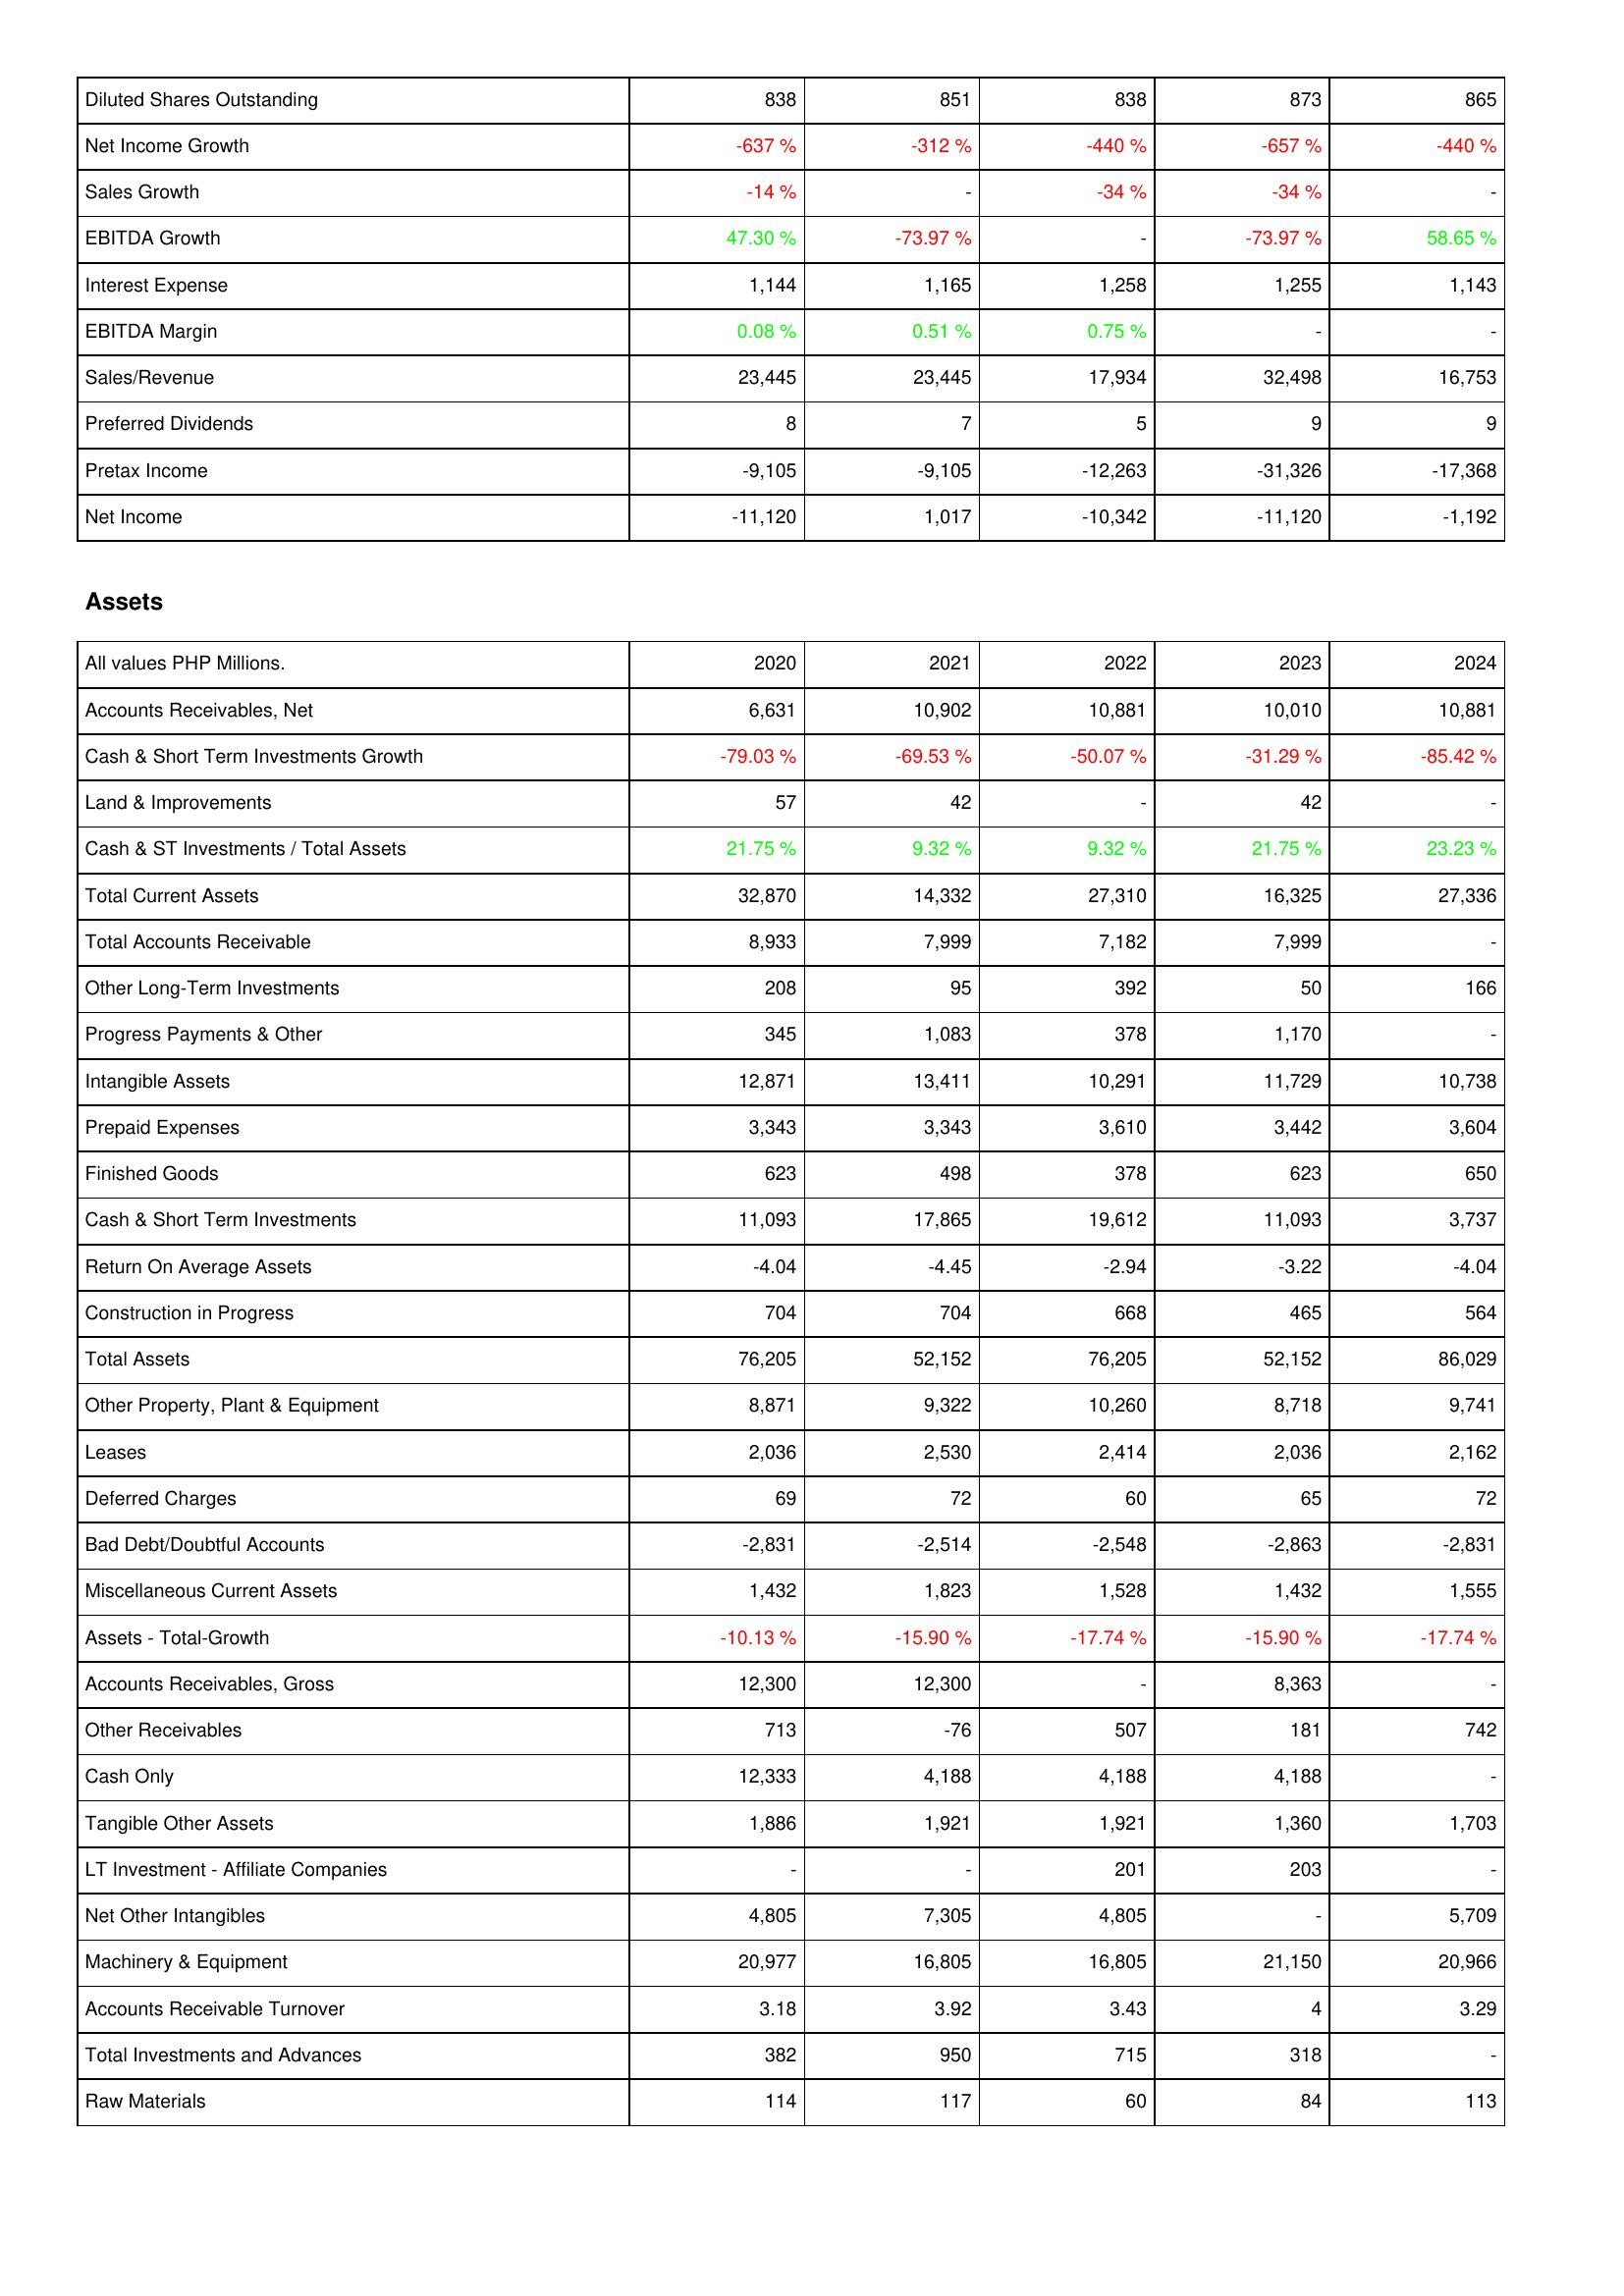
2020: Income Statement: Diluted Shares Outstanding: 838
Net Income Growth: -637 %
Sales Growth: -14 %
EBITDA Growth: 47.30 %
Interest Expense: 1,144
EBITDA Margin: 0.08 %
Sales/Revenue: 23,445
Preferred Dividends: 8
Pretax Income: -9,105
Net Income: -11,120
Assets: Accounts Receivables, Net: 6,631
Cash & Short Term Investments Growth: -79.03 %
Land & Improvements: 57
Cash & ST Investments / Total Assets: 21.75 %
Total Current Assets: 32,870
Total Accounts Receivable: 8,933
Other Long-Term Investments: 208
Progress Payments & Other: 345
Intangible Assets: 12,871
Prepaid Expenses: 3,343
Finished Goods: 623
Cash & Short Term Investments: 11,093
Return On Average Assets: -4.04
Construction in Progress: 704
Total Assets: 76,205
Other Property, Plant & Equipment: 8,871
Leases: 2,036
Deferred Charges: 69
Bad Debt/Doubtful Accounts: -2,831
Miscellaneous Current Assets: 1,432
Assets - Total-Growth: -10.13 %
Accounts Receivables, Gross: 12,300
Other Receivables: 713
Cash Only: 12,333
Tangible Other Assets: 1,886
LT Investment - Affiliate Companies: -
Net Other Intangibles: 4,805
Machinery & Equipment: 20,977
Accounts Receivable Turnover: 3.18
Total Investments and Advances: 382
Raw Materials: 114
2021: Income Statement: Diluted Shares Outstanding: 851
Net Income Growth: -312 %
Sales Growth: -
EBITDA Growth: -73.97 %
Interest Expense: 1,165
EBITDA Margin: 0.51 %
Sales/Revenue: 23,445
Preferred Dividends: 7
Pretax Income: -9,105
Net Income: 1,017
Assets: Accounts Receivables, Net: 10,902
Cash & Short Term Investments Growth: -69.53 %
Land & Improvements: 42
Cash & ST Investments / Total Assets: 9.32 %
Total Current Assets: 14,332
Total Accounts Receivable: 7,999
Other Long-Term Investments: 95
Progress Payments & Other: 1,083
Intangible Assets: 13,411
Prepaid Expenses: 3,343
Finished Goods: 498
Cash & Short Term Investments: 17,865
Return On Average Assets: -4.45
Construction in Progress: 704
Total Assets: 52,152
Other Property, Plant & Equipment: 9,322
Leases: 2,530
Deferred Charges: 72
Bad Debt/Doubtful Accounts: -2,514
Miscellaneous Current Assets: 1,823
Assets - Total-Growth: -15.90 %
Accounts Receivables, Gross: 12,300
Other Receivables: -76
Cash Only: 4,188
Tangible Other Assets: 1,921
LT Investment - Affiliate Companies: -
Net Other Intangibles: 7,305
Machinery & Equipment: 16,805
Accounts Receivable Turnover: 3.92
Total Investments and Advances: 950
Raw Materials: 117
2022: Income Statement: Diluted Shares Outstanding: 838
Net Income Growth: -440 %
Sales Growth: -34 %
EBITDA Growth: -
Interest Expense: 1,258
EBITDA Margin: 0.75 %
Sales/Revenue: 17,934
Preferred Dividends: 5
Pretax Income: -12,263
Net Income: -10,342
Assets: Accounts Receivables, Net: 10,881
Cash & Short Term Investments Growth: -50.07 %
Land & Improvements: -
Cash & ST Investments / Total Assets: 9.32 %
Total Current Assets: 27,310
Total Accounts Receivable: 7,182
Other Long-Term Investments: 392
Progress Payments & Other: 378
Intangible Assets: 10,291
Prepaid Expenses: 3,610
Finished Goods: 378
Cash & Short Term Investments: 19,612
Return On Average Assets: -2.94
Construction in Progress: 668
Total Assets: 76,205
Other Property, Plant & Equipment: 10,260
Leases: 2,414
Deferred Charges: 60
Bad Debt/Doubtful Accounts: -2,548
Miscellaneous Current Assets: 1,528
Assets - Total-Growth: -17.74 %
Accounts Receivables, Gross: -
Other Receivables: 507
Cash Only: 4,188
Tangible Other Assets: 1,921
LT Investment - Affiliate Companies: 201
Net Other Intangibles: 4,805
Machinery & Equipment: 16,805
Accounts Receivable Turnover: 3.43
Total Investments and Advances: 715
Raw Materials: 60
2023: Income Statement: Diluted Shares Outstanding: 873
Net Income Growth: -657 %
Sales Growth: -34 %
EBITDA Growth: -73.97 %
Interest Expense: 1,255
EBITDA Margin: -
Sales/Revenue: 32,498
Preferred Dividends: 9
Pretax Income: -31,326
Net Income: -11,120
Assets: Accounts Receivables, Net: 10,010
Cash & Short Term Investments Growth: -31.29 %
Land & Improvements: 42
Cash & ST Investments / Total Assets: 21.75 %
Total Current Assets: 16,325
Total Accounts Receivable: 7,999
Other Long-Term Investments: 50
Progress Payments & Other: 1,170
Intangible Assets: 11,729
Prepaid Expenses: 3,442
Finished Goods: 623
Cash & Short Term Investments: 11,093
Return On Average Assets: -3.22
Construction in Progress: 465
Total Assets: 52,152
Other Property, Plant & Equipment: 8,718
Leases: 2,036
Deferred Charges: 65
Bad Debt/Doubtful Accounts: -2,863
Miscellaneous Current Assets: 1,432
Assets - Total-Growth: -15.90 %
Accounts Receivables, Gross: 8,363
Other Receivables: 181
Cash Only: 4,188
Tangible Other Assets: 1,360
LT Investment - Affiliate Companies: 203
Net Other Intangibles: -
Machinery & Equipment: 21,150
Accounts Receivable Turnover: 4
Total Investments and Advances: 318
Raw Materials: 84
2024: Income Statement: Diluted Shares Outstanding: 865
Net Income Growth: -440 %
Sales Growth: -
EBITDA Growth: 58.65 %
Interest Expense: 1,143
EBITDA Margin: -
Sales/Revenue: 16,753
Preferred Dividends: 9
Pretax Income: -17,368
Net Income: -1,192
Assets: Accounts Receivables, Net: 10,881
Cash & Short Term Investments Growth: -85.42 %
Land & Improvements: -
Cash & ST Investments / Total Assets: 23.23 %
Total Current Assets: 27,336
Total Accounts Receivable: -
Other Long-Term Investments: 166
Progress Payments & Other: -
Intangible Assets: 10,738
Prepaid Expenses: 3,604
Finished Goods: 650
Cash & Short Term Investments: 3,737
Return On Average Assets: -4.04
Construction in Progress: 564
Total Assets: 86,029
Other Property, Plant & Equipment: 9,741
Leases: 2,162
Deferred Charges: 72
Bad Debt/Doubtful Accounts: -2,831
Miscellaneous Current Assets: 1,555
Assets - Total-Growth: -17.74 %
Accounts Receivables, Gross: -
Other Receivables: 742
Cash Only: -
Tangible Other Assets: 1,703
LT Investment - Affiliate Companies: -
Net Other Intangibles: 5,709
Machinery & Equipment: 20,966
Accounts Receivable Turnover: 3.29
Total Investments and Advances: -
Raw Materials: 113